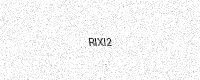
Text: RIXI2